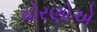
ધોરણોએ